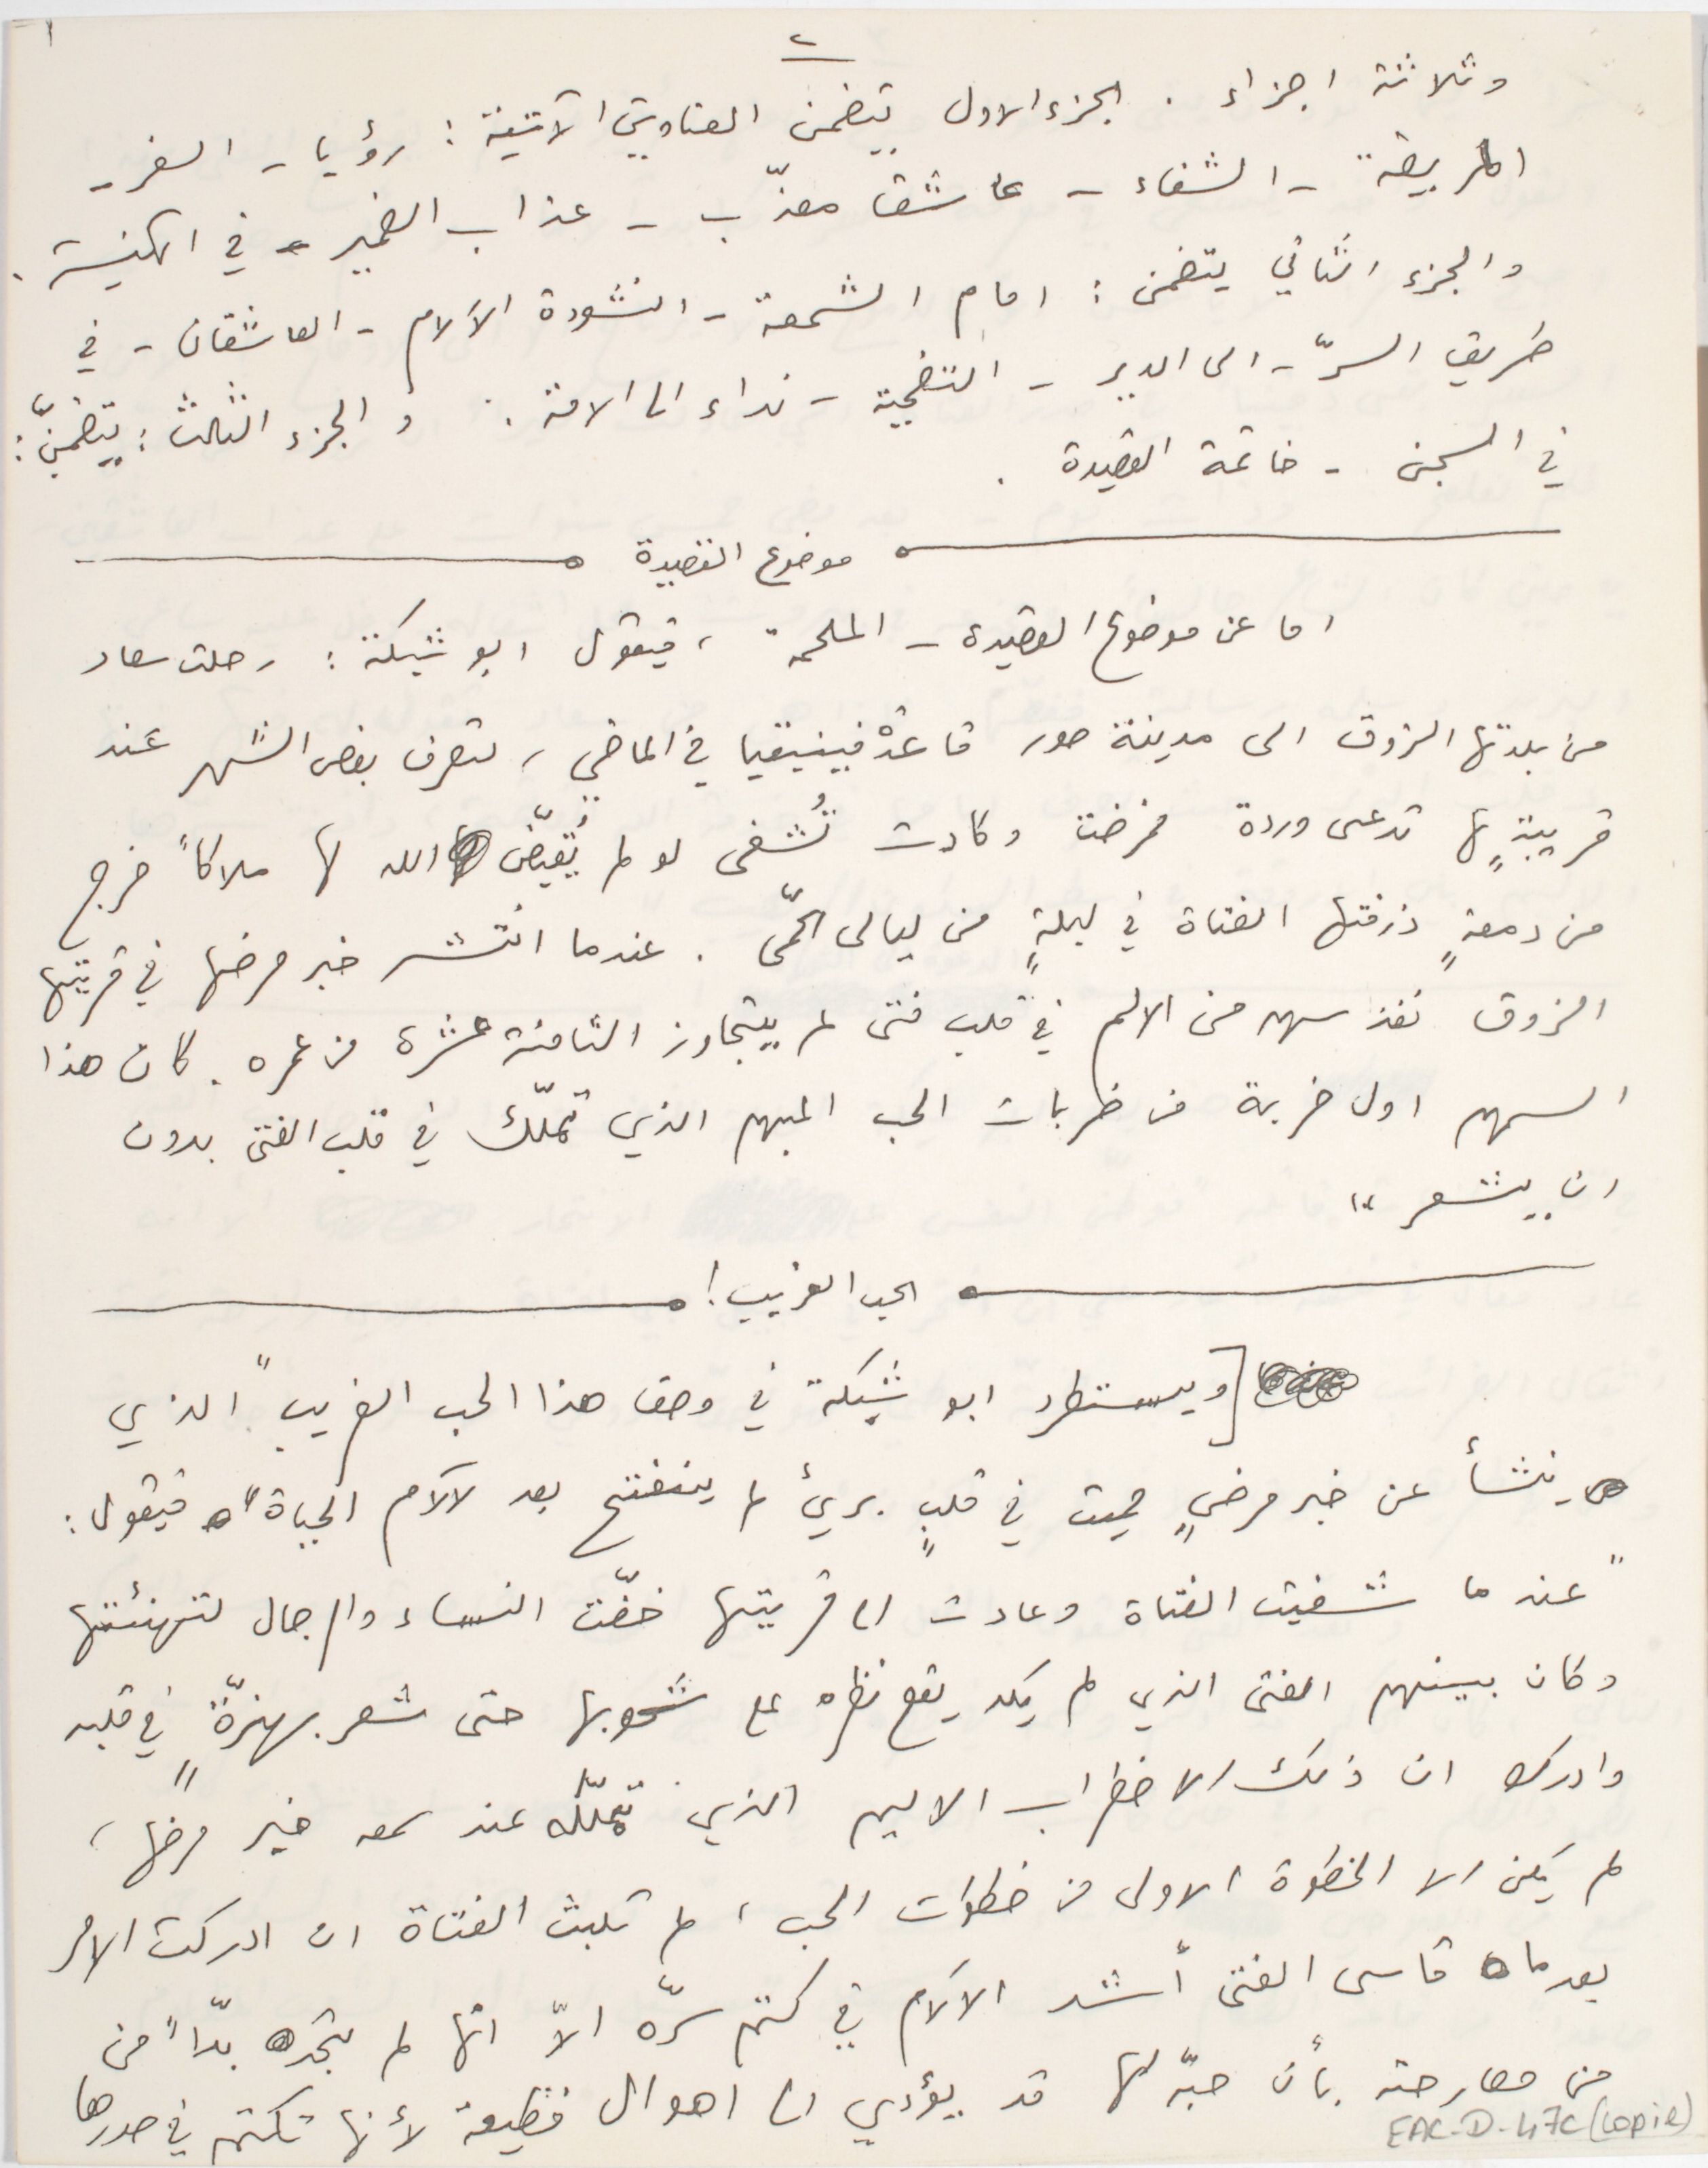
وثلاثة اجزاء. الجزء الاول يتضمن العناوين الآتية: رؤيا - السفر -
المريضة - الشفاء - عاشق معذّب - عذاب الضمير - في الكنيسة.
والجزء الثاني يتضمن : امام الشمعة - انشودة الآلام - العاشقان - في
طريق السرّ – الى الدير – التضحية –نداء الى الامة. والجزء الثالث : يتضمنّ :
في السجن - خاتمة القصيدة.
موضوع القصيدة
اما عن موضوع القصيدة - الملحمة، فيقول ابو شبكة : رحلت سعاد
من بلدتها الزوق الى مدينة صور قاعدة فينيقيا في الماضي، لتصرف بعض الشهر عند
قريبةٍ لها تدعى وردة فمرضت وكادت تُشفى لو لم يُقيّض الله لها ملاكاً خرج
من دمعةٍ ذرفتها الفتاة في ليلةٍ من ليالى الحمّى. عندما انتشر خبر مرضها في قريتها
الزوق نفذ سهم من الالم في قلب فتى لم يتجاوز الثامنة عشرة من عمره. كان هذا
السهم اول ضربة من ضربات الحب المبهم الذي تملّك في قلب الفتى بدون
ان يشعر"
 الحب الغريب !
[ ويستطرد ابو شبكة في وصف هذا الحب الغريب " الذي
ينشأ عن خبر مرضٍ مميت في قلبٍ بريء لم ينفتح بعد لآلام الحياة " فيقول :
"عندما شفيت الفتاة وعادت الى قريتها خفّت النساء والرجال لتهنئتها
وكان بينهم الفتى الذي لم يكد يقع نظره على شحوبها حتى شعر بهزّةٍ في قلبه
وادرك ان ذلك الاضطراب الاليم الذي تملّكه عند سمعه خبر مرضها،
لم يكن الا الخطوة الاولى من خطوات الحب، لم تلبث الفتاة ان ادركت الامر
بعدما قاسى الفتى أشد الآلام في كتم سرّه الاّ انها لم تجد بدّاً من
من مصارحته بأن حبّه لها قد يؤدي الى اهوال فظيعة لأنها تكتمه في صدرها
٢                                             ١
EAC-D-47c (copie)